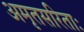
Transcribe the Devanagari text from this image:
अमृतसरिताः